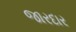
જારદાર